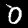
Label: 0